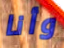
وأنا